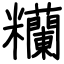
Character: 糷